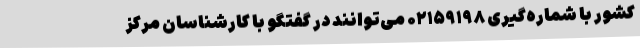
کشور با شماره‌گیری ۰۲۱۵۹۱۹۸ می‌توانند در گفتگو با کارشناسان مرکز